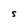
Character: S